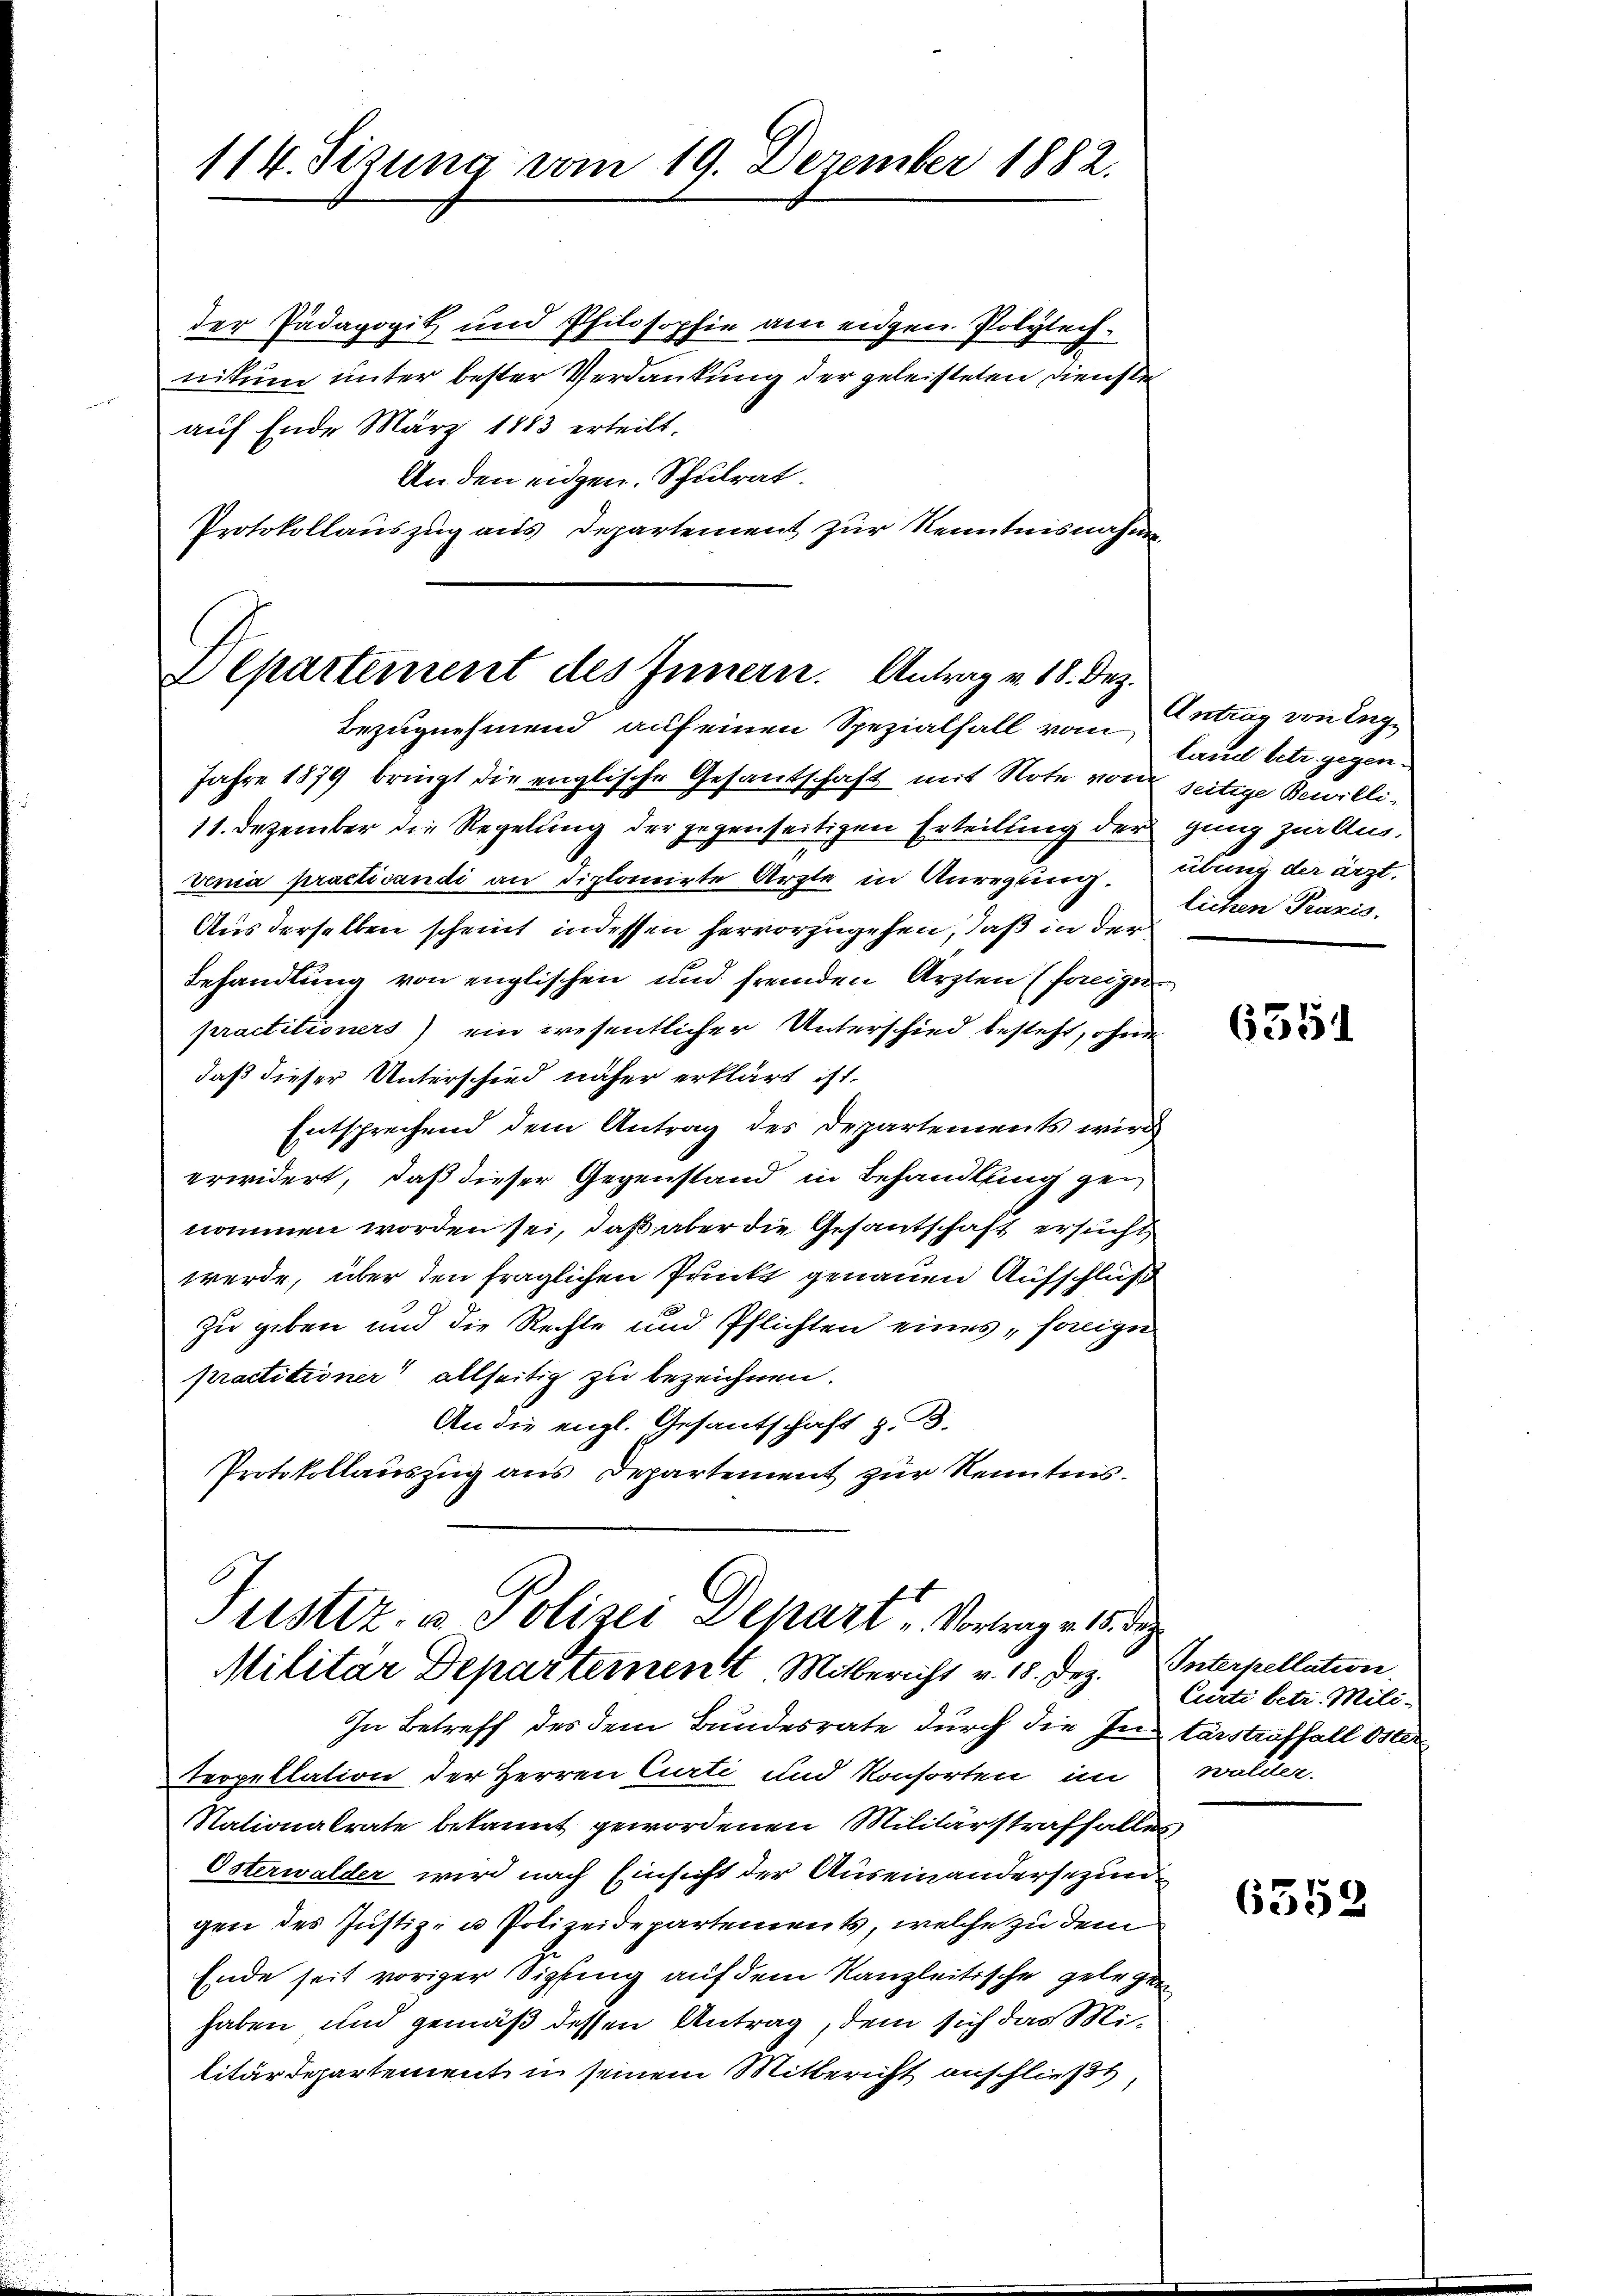
114. Sizung vom 19. Dezember 1882.

der Pädagogik und Philosophie am eidgen. Polytechnikum unter bester Verdankung der geleisteten Dienste
aŭf Ende März 1883 erteilt.
An den eidgen. Schulrat.
Protokollauszug aus Departement zur Kenntnisnahme
Departement des Innern. Antrag v. 18. Dez.

bezugnehmend auf einen Spezialfall vom
Jahre 1879 bringt die englische Gesantschaft mit Note von seitige Bewilli¬
11. Dezember die Regelung der gegenseitigen Erteilung der ging zur Aus-
venia practicandi an diplomirte Ärzte in Anregung. Übung der ärzt¬
Aus derselben scheint in dessen hervorzugehen, daß in der
Behandlung von englischen und fremden Ärzten (freige
practitioners) ein wesentlicher Unterschied besteht, ohne
daß dieser Unterschied näher erklärt ist.
Entsprechend dem Antrag des Departements wird
erwidert, daß dieser Gegenstand in Behandlung gen
nommen worden sei, daß aber die Gesantschaft ersucht
werde, über den fraglichen Punkt genauen Aufschluß
zu geben und die Rechte und Pflichten eines horige
praetitioner allseitig zu bezeichnen.
An die engl. Gesantschaft z. B.
Protokollauszug aus Departement zur Kenntnis.

Justiz- u Polizei Depart - Vortrage 15 d
Militär Departement. Mitbericht v. 18. Dez. Unterpellation,

In Betreff des dem Bundesrate durch die Interstraffall Oster
terpellation der Herren Curti und Konsorten im walder.
Nationalrate bekannt gewordenen Militärstraffalles
Österwalder wird nach Einsicht der Auseinandersezun
gen des Justiz- u Polizeidepartements, welche zu dem
Ende seit voriger Sipfing auf dem Kanzleitische gelegen
haben und gemäß dessen Antrag, dem sich das Militärdepartement in seinem Mitbericht anschließt,

Antrag von England betr. gegen
lichen Praxis.

6351

Curti betr. Mili¬

6558